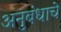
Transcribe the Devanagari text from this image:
अनुबंधाचे